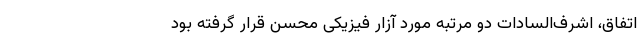
اتفاق، اشرف‌السادات دو مرتبه مورد آزار فیزیکی محسن قرار گرفته بود